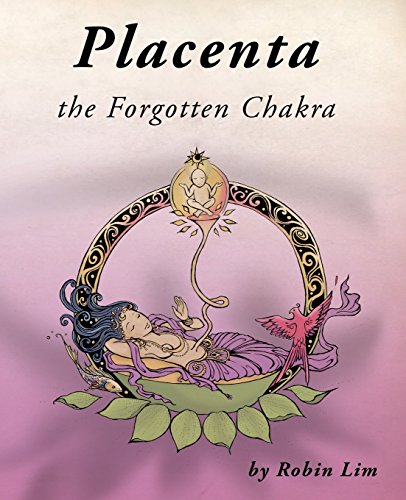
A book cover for Placenta - the Forgotten Chakra; Robin Lim; Religion & Spirituality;